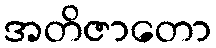
အတိဇာတော